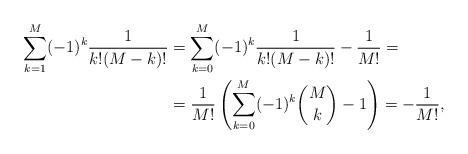
LaTeX: \begin{align*}\sum_{k=1}^{M}(-1)^{k}\frac{1}{k!(M-k)!}&=\sum_{k=0}^{M}(-1)^{k}\frac{1}{k!(M-k)!}-\frac{1}{M!}=\\&=\frac{1}{M!}\left(\sum_{k=0}^{M}(-1)^{k}\binom{M}{k}-1\right)=-\frac{1}{M!},\end{align*}